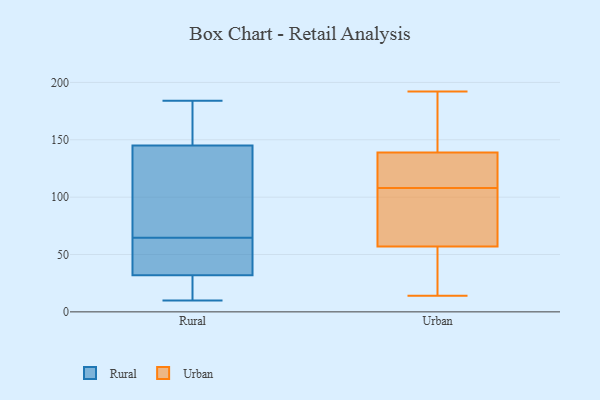
{"axis": {"x": "Bounce Rate (%)", "y": "Value"}, "legend": ["Rural", "Urban"], "data": [{"x": "", "y": 173, "type": "Rural"}, {"x": "", "y": 10, "type": "Rural"}, {"x": "", "y": 17, "type": "Rural"}, {"x": "", "y": 145, "type": "Rural"}, {"x": "", "y": 53, "type": "Rural"}, {"x": "", "y": 28, "type": "Rural"}, {"x": "", "y": 184, "type": "Rural"}, {"x": "", "y": 114, "type": "Rural"}, {"x": "", "y": 69, "type": "Rural"}, {"x": "", "y": 29, "type": "Rural"}, {"x": "", "y": 32, "type": "Rural"}, {"x": "", "y": 47, "type": "Rural"}, {"x": "", "y": 147, "type": "Rural"}, {"x": "", "y": 122, "type": "Rural"}, {"x": "", "y": 59, "type": "Rural"}, {"x": "", "y": 75, "type": "Rural"}, {"x": "", "y": 178, "type": "Rural"}, {"x": "", "y": 60, "type": "Rural"}, {"x": "", "y": 133, "type": "Urban"}, {"x": "", "y": 191, "type": "Urban"}, {"x": "", "y": 14, "type": "Urban"}, {"x": "", "y": 157, "type": "Urban"}, {"x": "", "y": 31, "type": "Urban"}, {"x": "", "y": 54, "type": "Urban"}, {"x": "", "y": 184, "type": "Urban"}, {"x": "", "y": 119, "type": "Urban"}, {"x": "", "y": 132, "type": "Urban"}, {"x": "", "y": 58, "type": "Urban"}, {"x": "", "y": 192, "type": "Urban"}, {"x": "", "y": 114, "type": "Urban"}, {"x": "", "y": 94, "type": "Urban"}, {"x": "", "y": 104, "type": "Urban"}, {"x": "", "y": 31, "type": "Urban"}, {"x": "", "y": 108, "type": "Urban"}, {"x": "", "y": 101, "type": "Urban"}]}